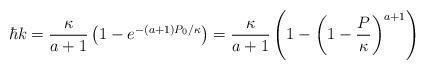
LaTeX: \begin{align*} \hbar k = \frac{\kappa}{a+1}\left(1- e^{-(a+1)P_0/\kappa}\right) = \frac{\kappa}{a+1}\left( 1 - \left(1 - \frac P\kappa\right)^{a+1}\right)\end{align*}